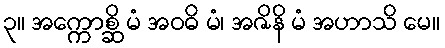
၃။ အက္ကောစ္ဆိ မံ အဝဓိ မံ၊ အဇိနိ မံ အဟာသိ မေ။